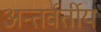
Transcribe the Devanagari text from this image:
अन्‍तर्वर्तीय